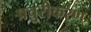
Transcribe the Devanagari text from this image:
प्रचुरीकरण